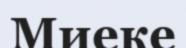
Миеке